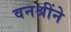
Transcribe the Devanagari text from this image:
वनश्रींने